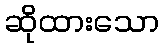
ဆိုထားသော